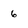
Character: 6